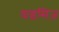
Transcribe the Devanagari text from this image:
वाइसिज़